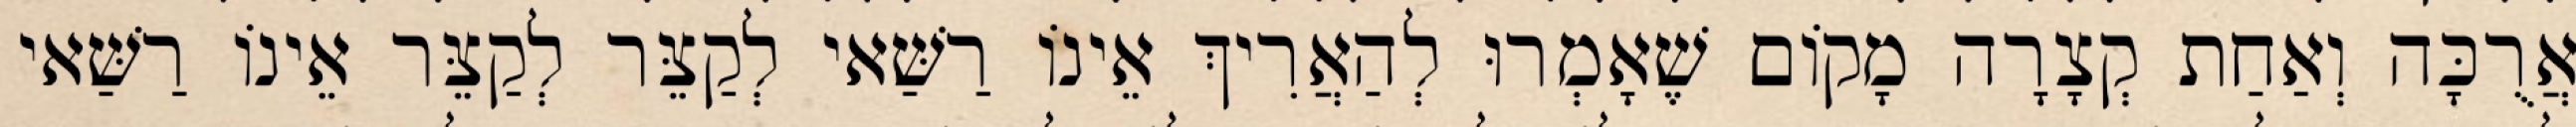
אֲרֻכָּה וְאַחַת קְצָרָה מָקוֹם שֶׁאָמְרוּ לְהַאֲרִיךְ אֵינוֹ רַשַּׁאי לְקַצֵּר לְקַצֵּר אֵינוֹ רַשַּׁאי